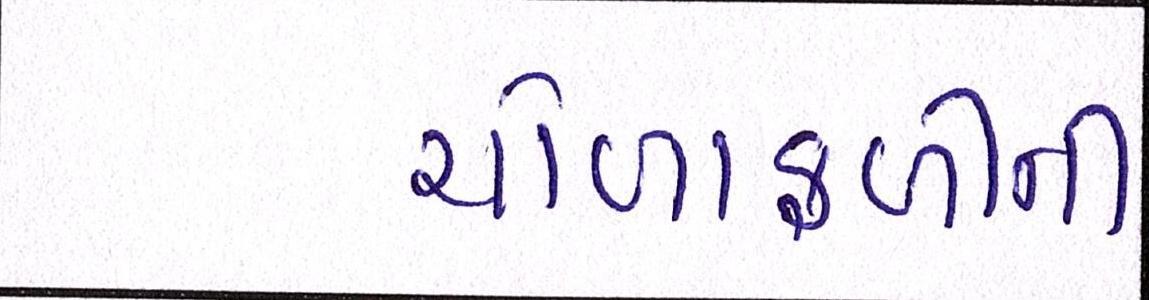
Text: ચોળાફળીની